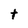
Character: t